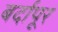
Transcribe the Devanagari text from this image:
बर्दापूर